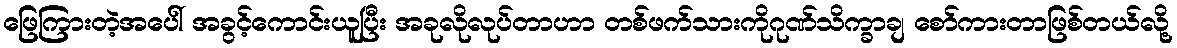
ဖြေကြားတဲ့အပေါ် အခွင့်ကောင်းယူပြီး အခုလိုလုပ်တာဟာ တစ်ဖက်သားကိုဂုဏ်သိက္ခာချ စော်ကားတာဖြစ်တယ်လို့